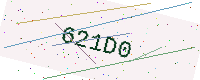
Text: 621D0